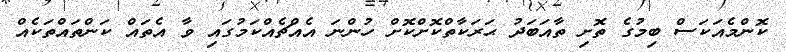
ކޮންމެއަކަސް ބިމުގެ ތޮށި ތާއަބަދު ޙަރަކާތްކޮށްކޮށް ހުންނަ އެއްޗެއްކަމުގައި ވާ އެތައް ކަންތައްތަކެއް